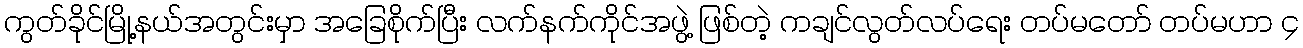
ကွတ်ခိုင်မြို့နယ်အတွင်းမှာ အခြေစိုက်ပြီး လက်နက်ကိုင်အဖွဲ့ ဖြစ်တဲ့ ကချင်လွတ်လပ်ရေး တပ်မတော် တပ်မဟာ ၄